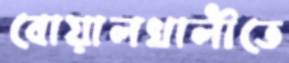
বোয়ালখালীতে